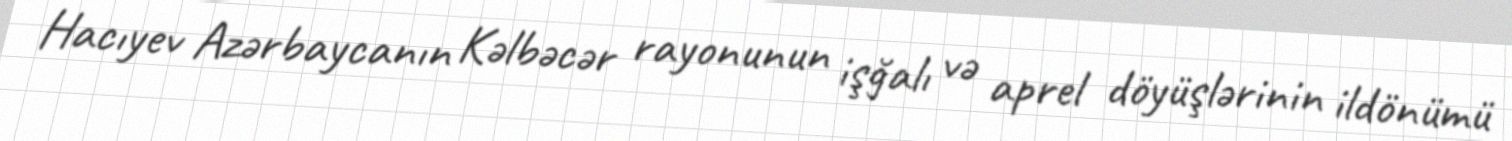
Hacıyev Azərbaycanın Kəlbəcər rayonunun işğalı və aprel döyüşlərinin ildönümü